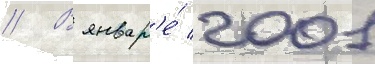
// В январ'е́ 2001